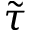
\widetilde { \tau }